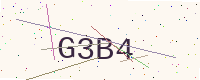
Text: G3B4